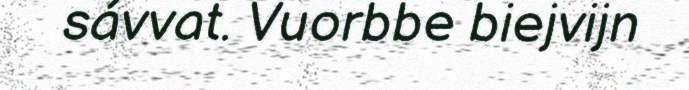
sávvat. Vuorbbe biejvijn